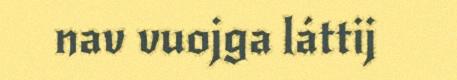
nav vuojga láttij